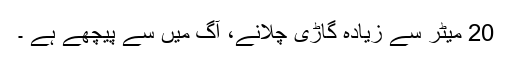
20 میٹر سے زیادہ گاڑی چلانے، آگ میں سے پیچھے ہے ۔